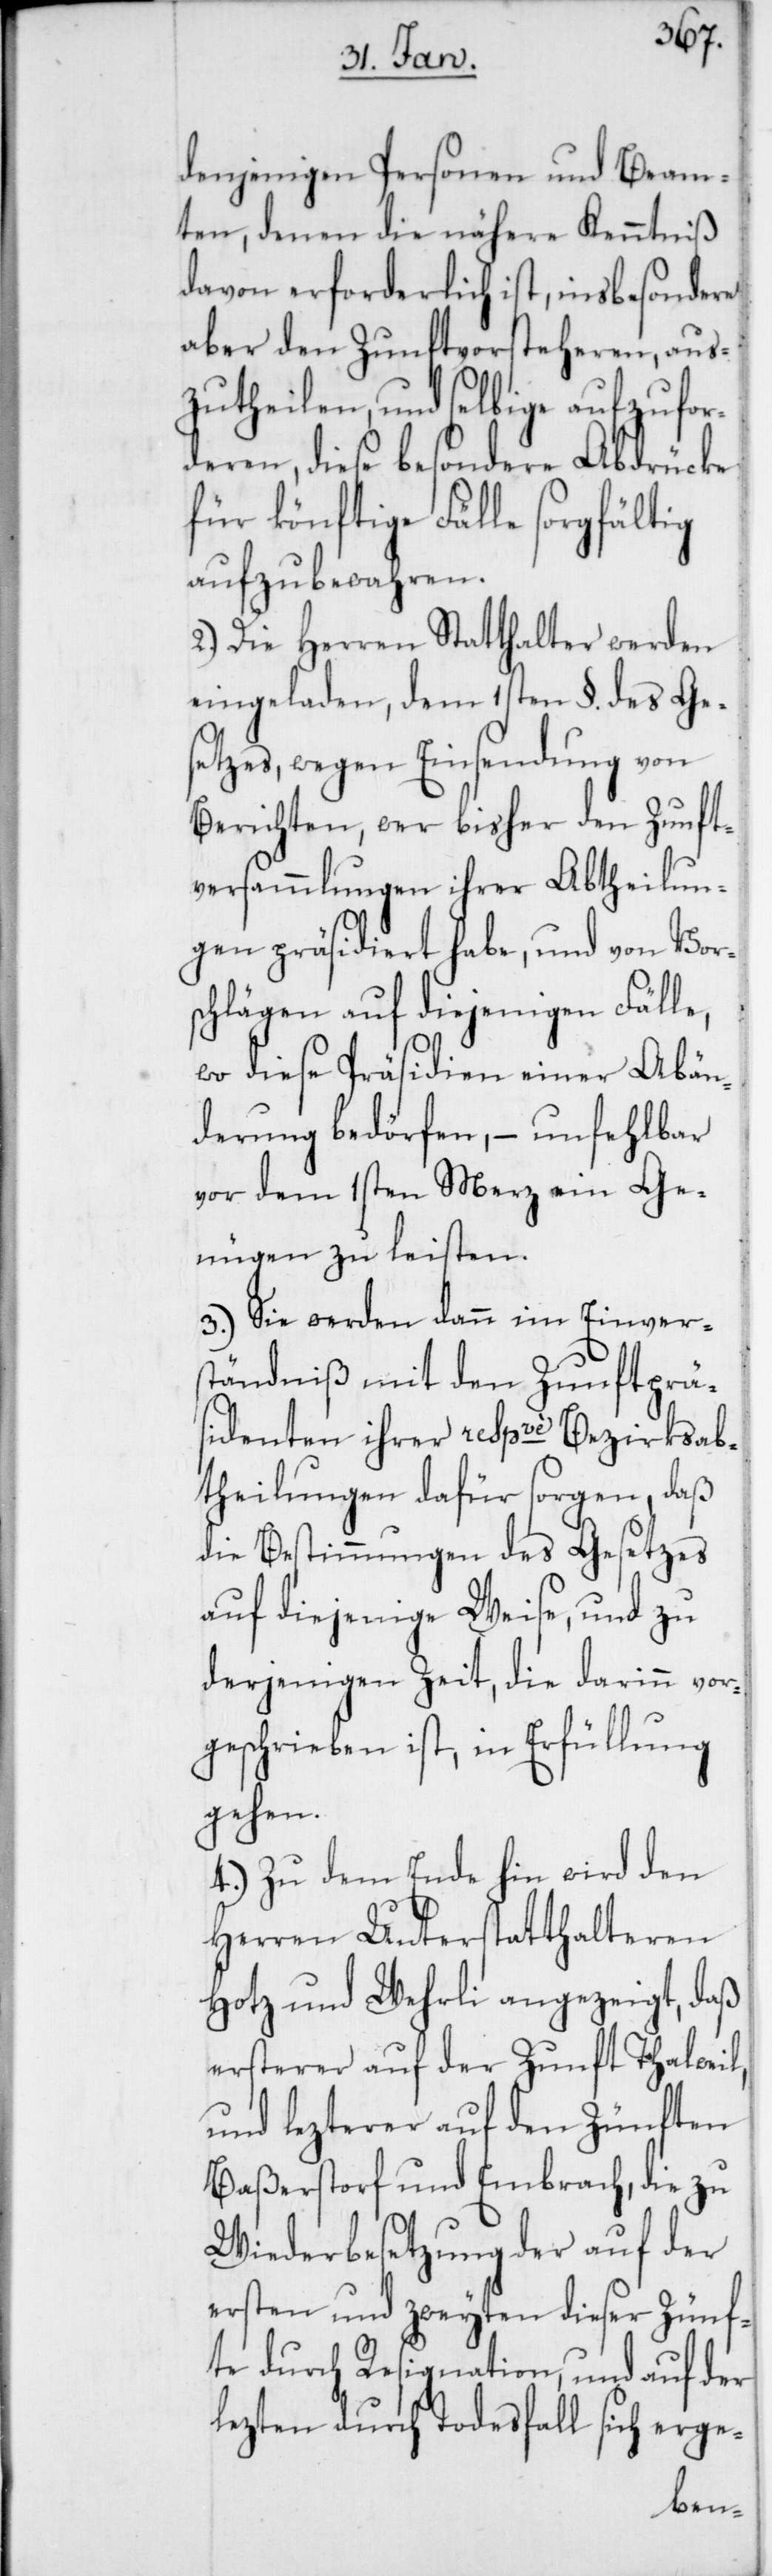
denjenigen Personen und Beam¬
ten, denen die nähere Kenntniß
davon erforderlich ist, insbesondere
aber den Zunftvorsteheren, aus¬
zutheilen, und selbige aufzufor¬
deren, diese besondere Abdrücke
für könftige Fälle sorgfältig
aufzubewahren.
2.) Die Herren Statthalter werden
eingeladen, dem 1sten §. des Ge¬
setzes, wegen Einsendung von
Berichten, wer bisher den Zunft¬
versammlungen ihrer Abtheilun¬
gen präsidiert habe, und von Vor¬
schlägen auf diejenigen Fälle,
wo diese Präsidien einer Abän¬
derung bedörfen, – unfehlbar
vor dem 1sten Merz ein Ge¬
nügen zu leisten.
3.) Sie werden dann im Einver¬
ständniß mit den Zunftprä¬
sidenten ihrer respve Bezirksab¬
theilungen dafür sorgen, daß
die Bestimmungen des Gesetzes
auf diejenige Weise, und zu
derjenigen Zeit, die darinn vor¬
geschrieben ist, in Erfüllung
gehen.
4.) Zu dem Ende hin wird den
Herren Unterstatthalteren
Hotz und Wehrli angezeigt, daß
ersterer auf der Zunft Thalweil,
und lezterer auf den Zünften
Baßerstorf und Embrach, die zu
Wiederbesetzung der auf der
ersten und zweyten dieser Zünf¬
te durch Resignation, und auf der
lezten durch Todesfall sich erge-